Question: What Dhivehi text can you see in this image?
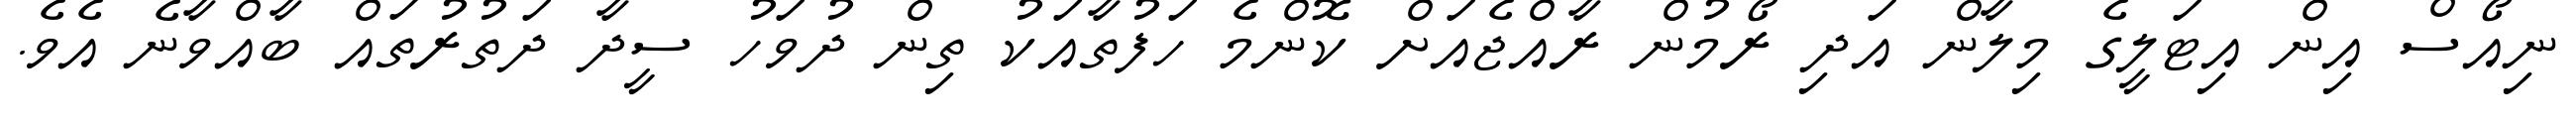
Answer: ނިއޯސް އިން އިޓަލީގެ މިލާން އަދި ރޯމުން ރާއްޖެއަށް ކޮންމެ ހަފުތާއަކު ތިން ދުވަހު ސީދާ ދަތުރުތައް ބާއްވާނެ އެވެ.